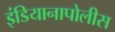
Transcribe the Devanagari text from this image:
इंडियानापोलीस